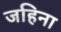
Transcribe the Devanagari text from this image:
जहिना